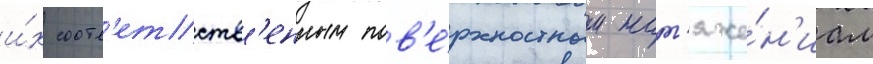
и́х соотв'етств'енным пов'е́рхностным нат'яже́н'иам